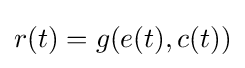
r(t)=g(e(t),c(t))